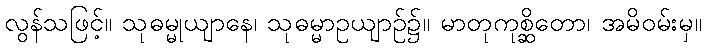
လွန်သဖြင့်။ သုဓမ္မုယျာနေ၊ သုဓမ္မာဥယျာဉ်၌။ မာတုကုစ္ဆိတော၊ အမိဝမ်းမှ။